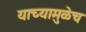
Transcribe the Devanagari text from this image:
याच्यामुळेच